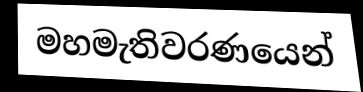
මහමැතිවරණයෙන්